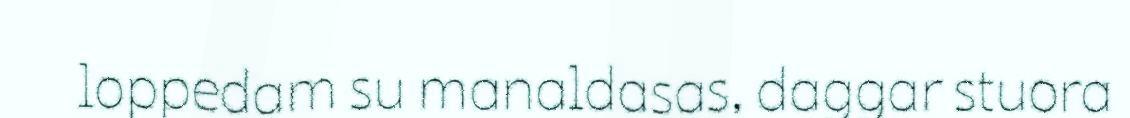
loppedam su manaldasas, daggar stuora